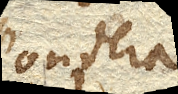
Pondera